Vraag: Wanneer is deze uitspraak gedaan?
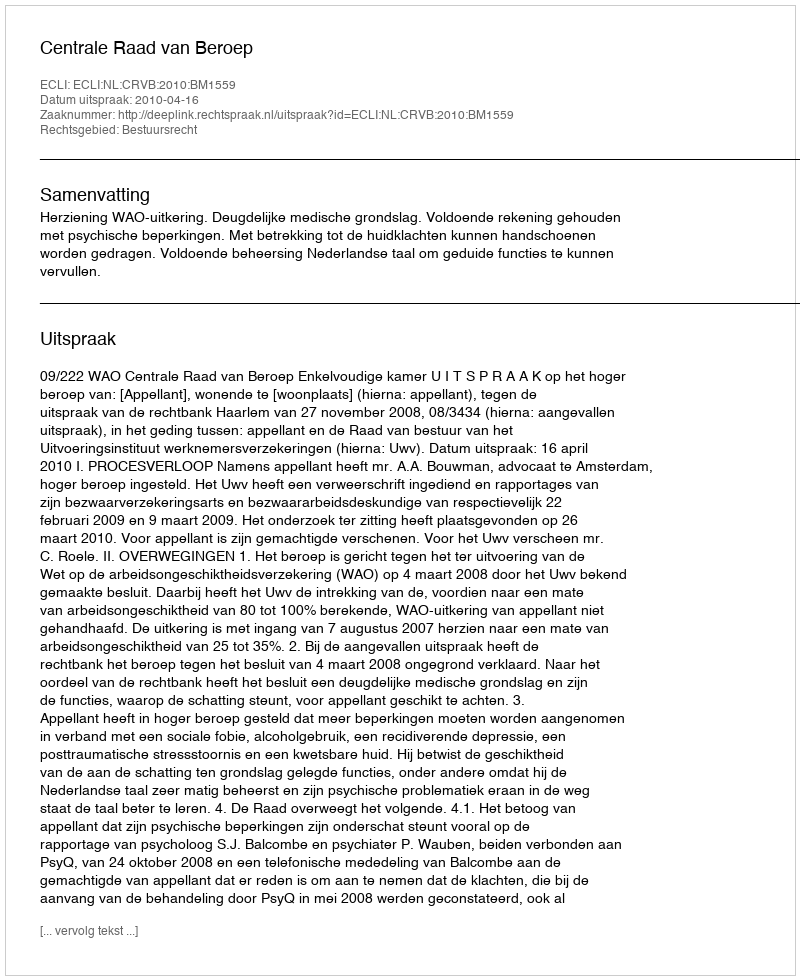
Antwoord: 2010-04-16